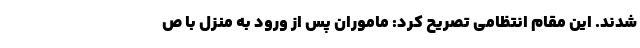
شدند. این مقام انتظامی تصریح کرد: ماموران پس از ورود به منزل با ص